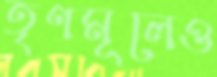
তৃণমূলেও